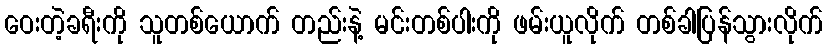
ဝေးတဲ့ခရီးကို သူတစ်ယောက် တည်းနဲ့ မင်းတစ်ပါးကို ဖမ်းယူလိုက် တစ်ခါပြန်သွားလိုက်